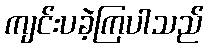
ကျင်းပခဲ့ကြပါသည်